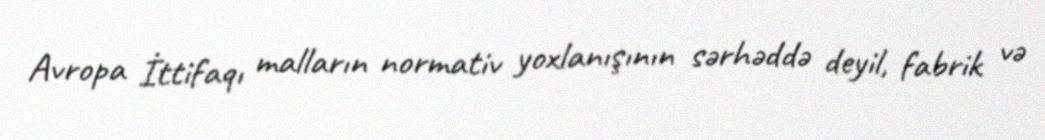
Avropa İttifaqı malların normativ yoxlanışının sərhəddə deyil, fabrik və